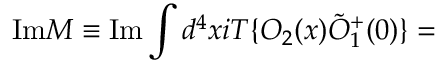
\mathrm { I m } { \cal M } \equiv \mathrm { I m } \int d ^ { 4 } x i T \{ O _ { 2 } ( x ) \tilde { O } _ { 1 } ^ { + } ( 0 ) \} =